65_HS1-834228961_62-HQ-83894_Section_9
Agency: FBI
Page 31
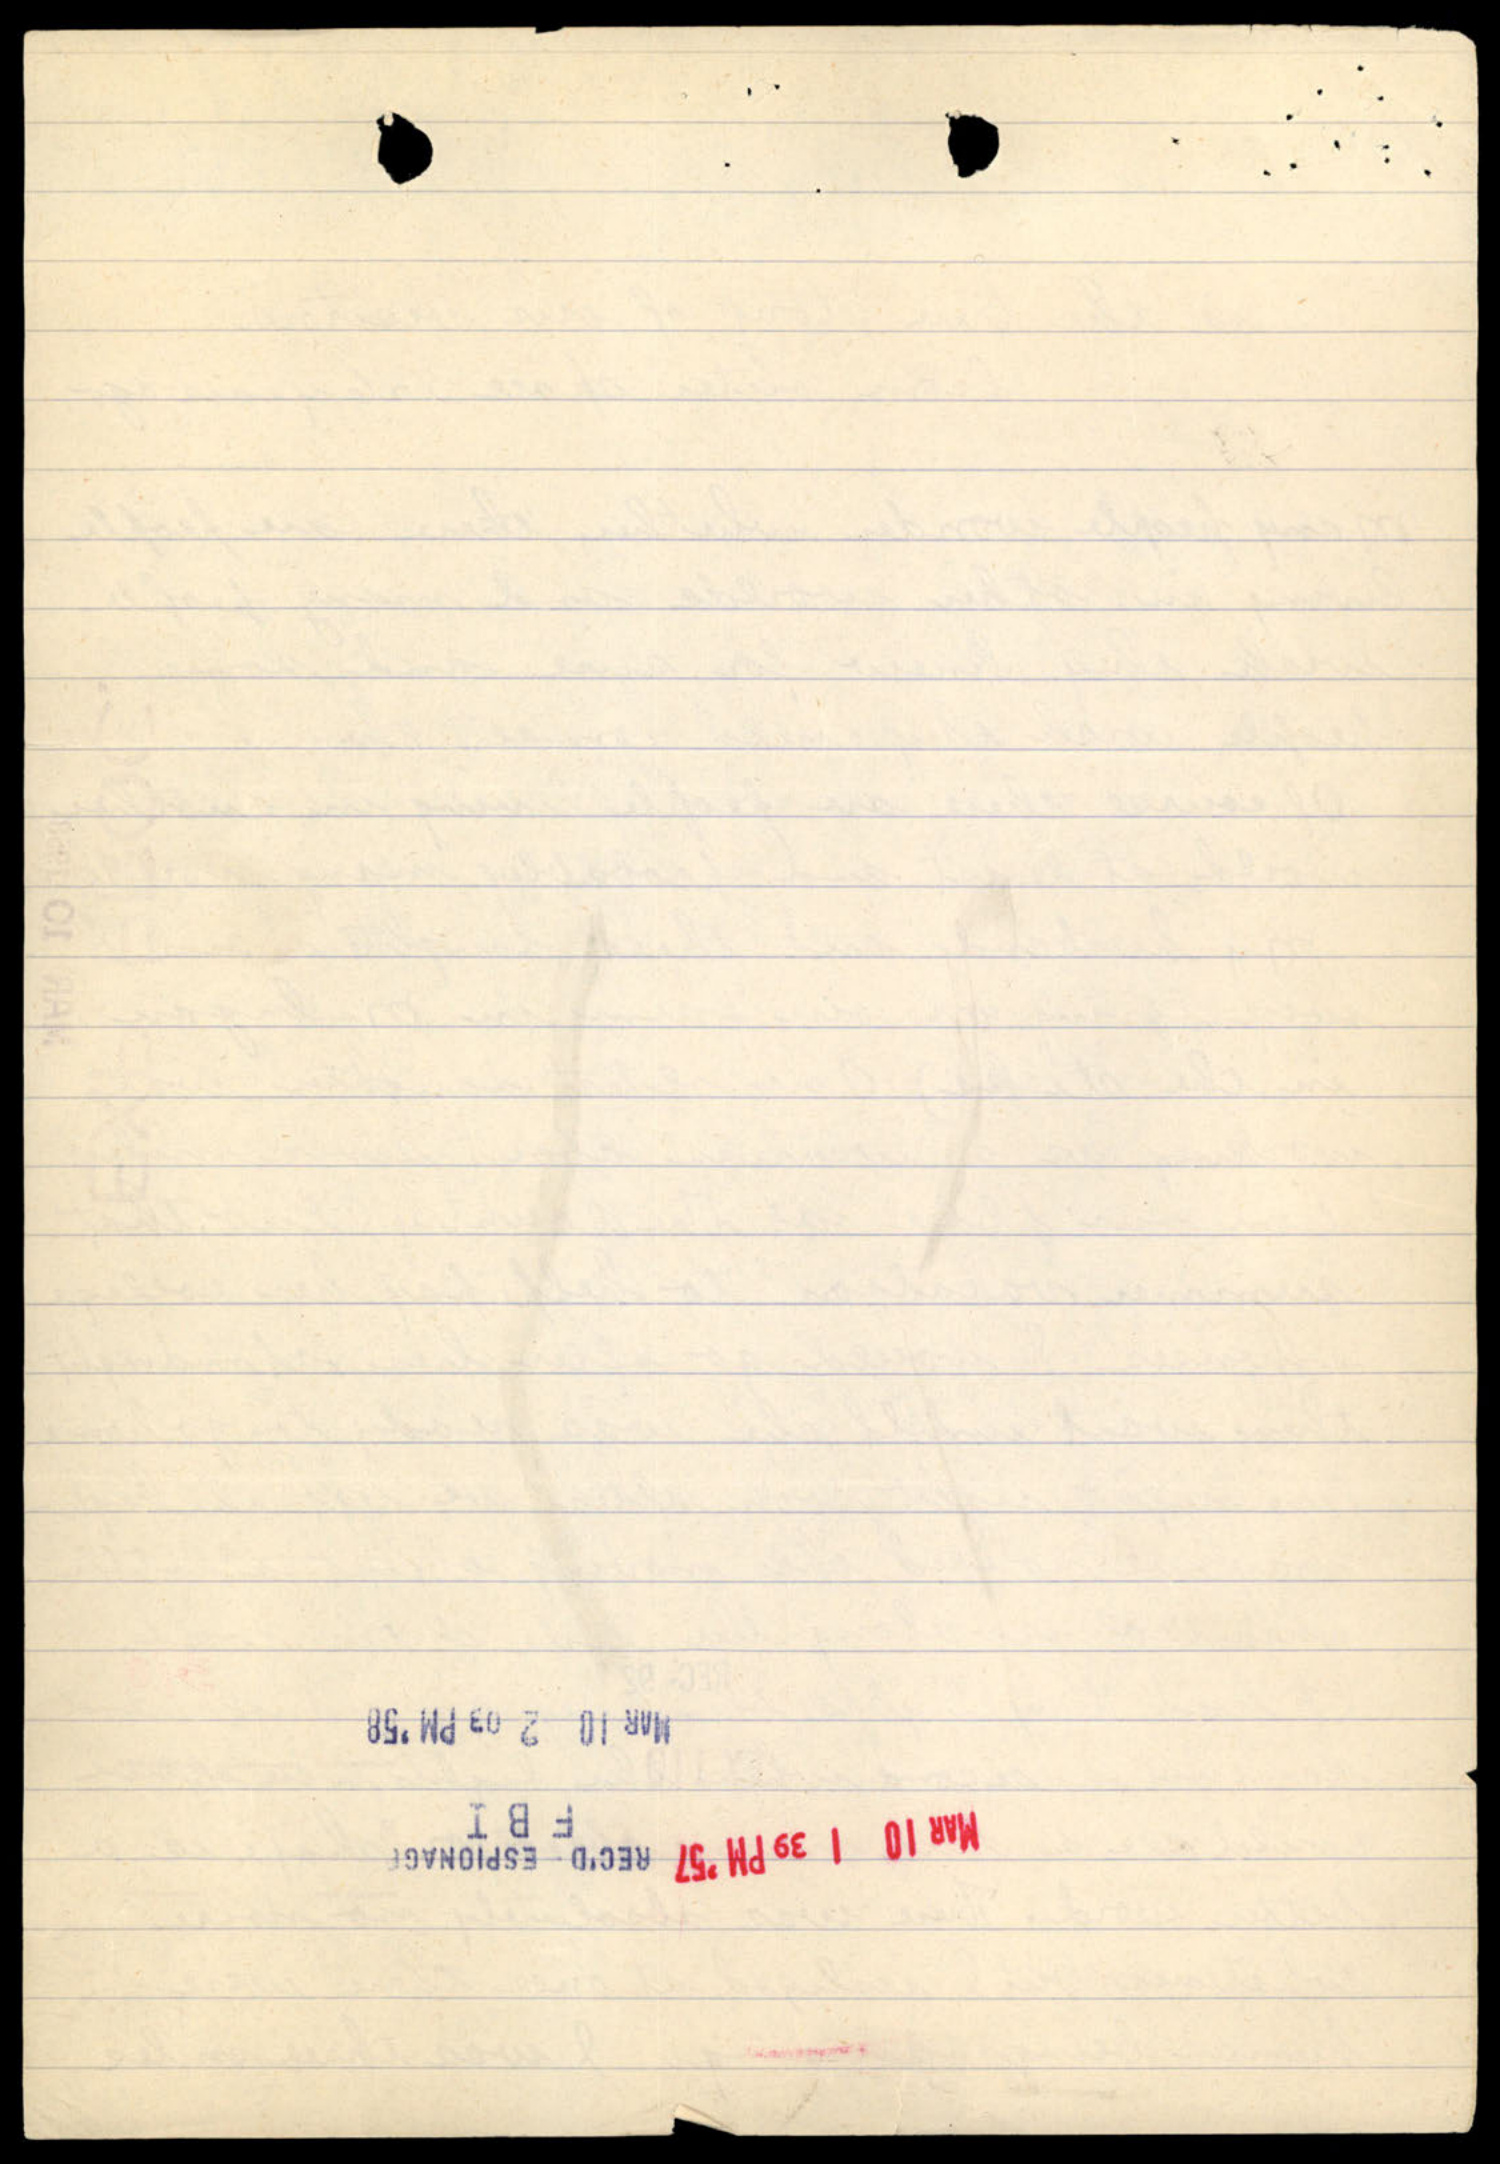